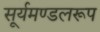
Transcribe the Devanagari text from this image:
सूर्यमण्डलरूप